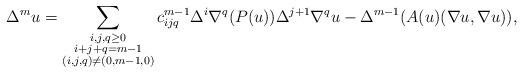
LaTeX: \begin{align*} \Delta^mu=\sum_{\substack{i,j,q\geq0\\i+j+q=m-1\\(i,j,q)\neq(0,m-1,0)}}c_{ijq}^{m-1}\Delta^i\nabla^q(P(u))\Delta^{j+1}\nabla^qu -\Delta^{m-1}(A(u)(\nabla u,\nabla u)), \end{align*}